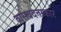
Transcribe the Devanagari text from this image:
वासवदत्ताकार